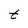
Character: t